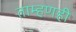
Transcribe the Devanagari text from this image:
ताम्हणही